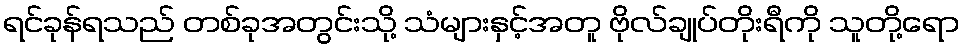
ရင်ခုန်ရသည် တစ်ခုအတွင်းသို့ သံများနှင့်အတူ ဗိုလ်ချုပ်တိုးရီကို သူတို့ရော